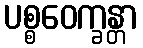
ပစ္စဝေက္ခန္တာ